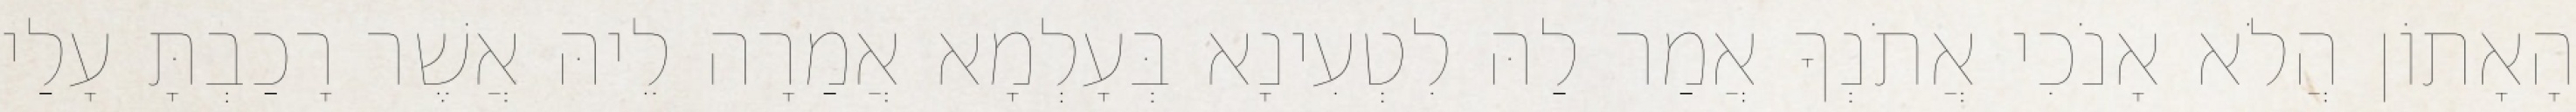
הָאָתוֹן הֲלֹא אָנֹכִי אֲתֹנְךָ אֲמַר לַהּ לִטְעִינָא בְּעָלְמָא אֲמַרָה לֵיהּ אֲשֶׁר רָכַבְתָּ עָלַי